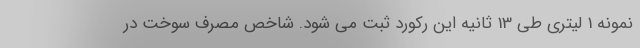
نمونه 1 لیتری طی 13 ثانیه این رکورد ثبت می شود. شاخص مصرف سوخت در